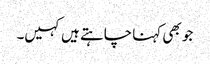
جو بھی کہنا چاہتے ہیں کہیں۔